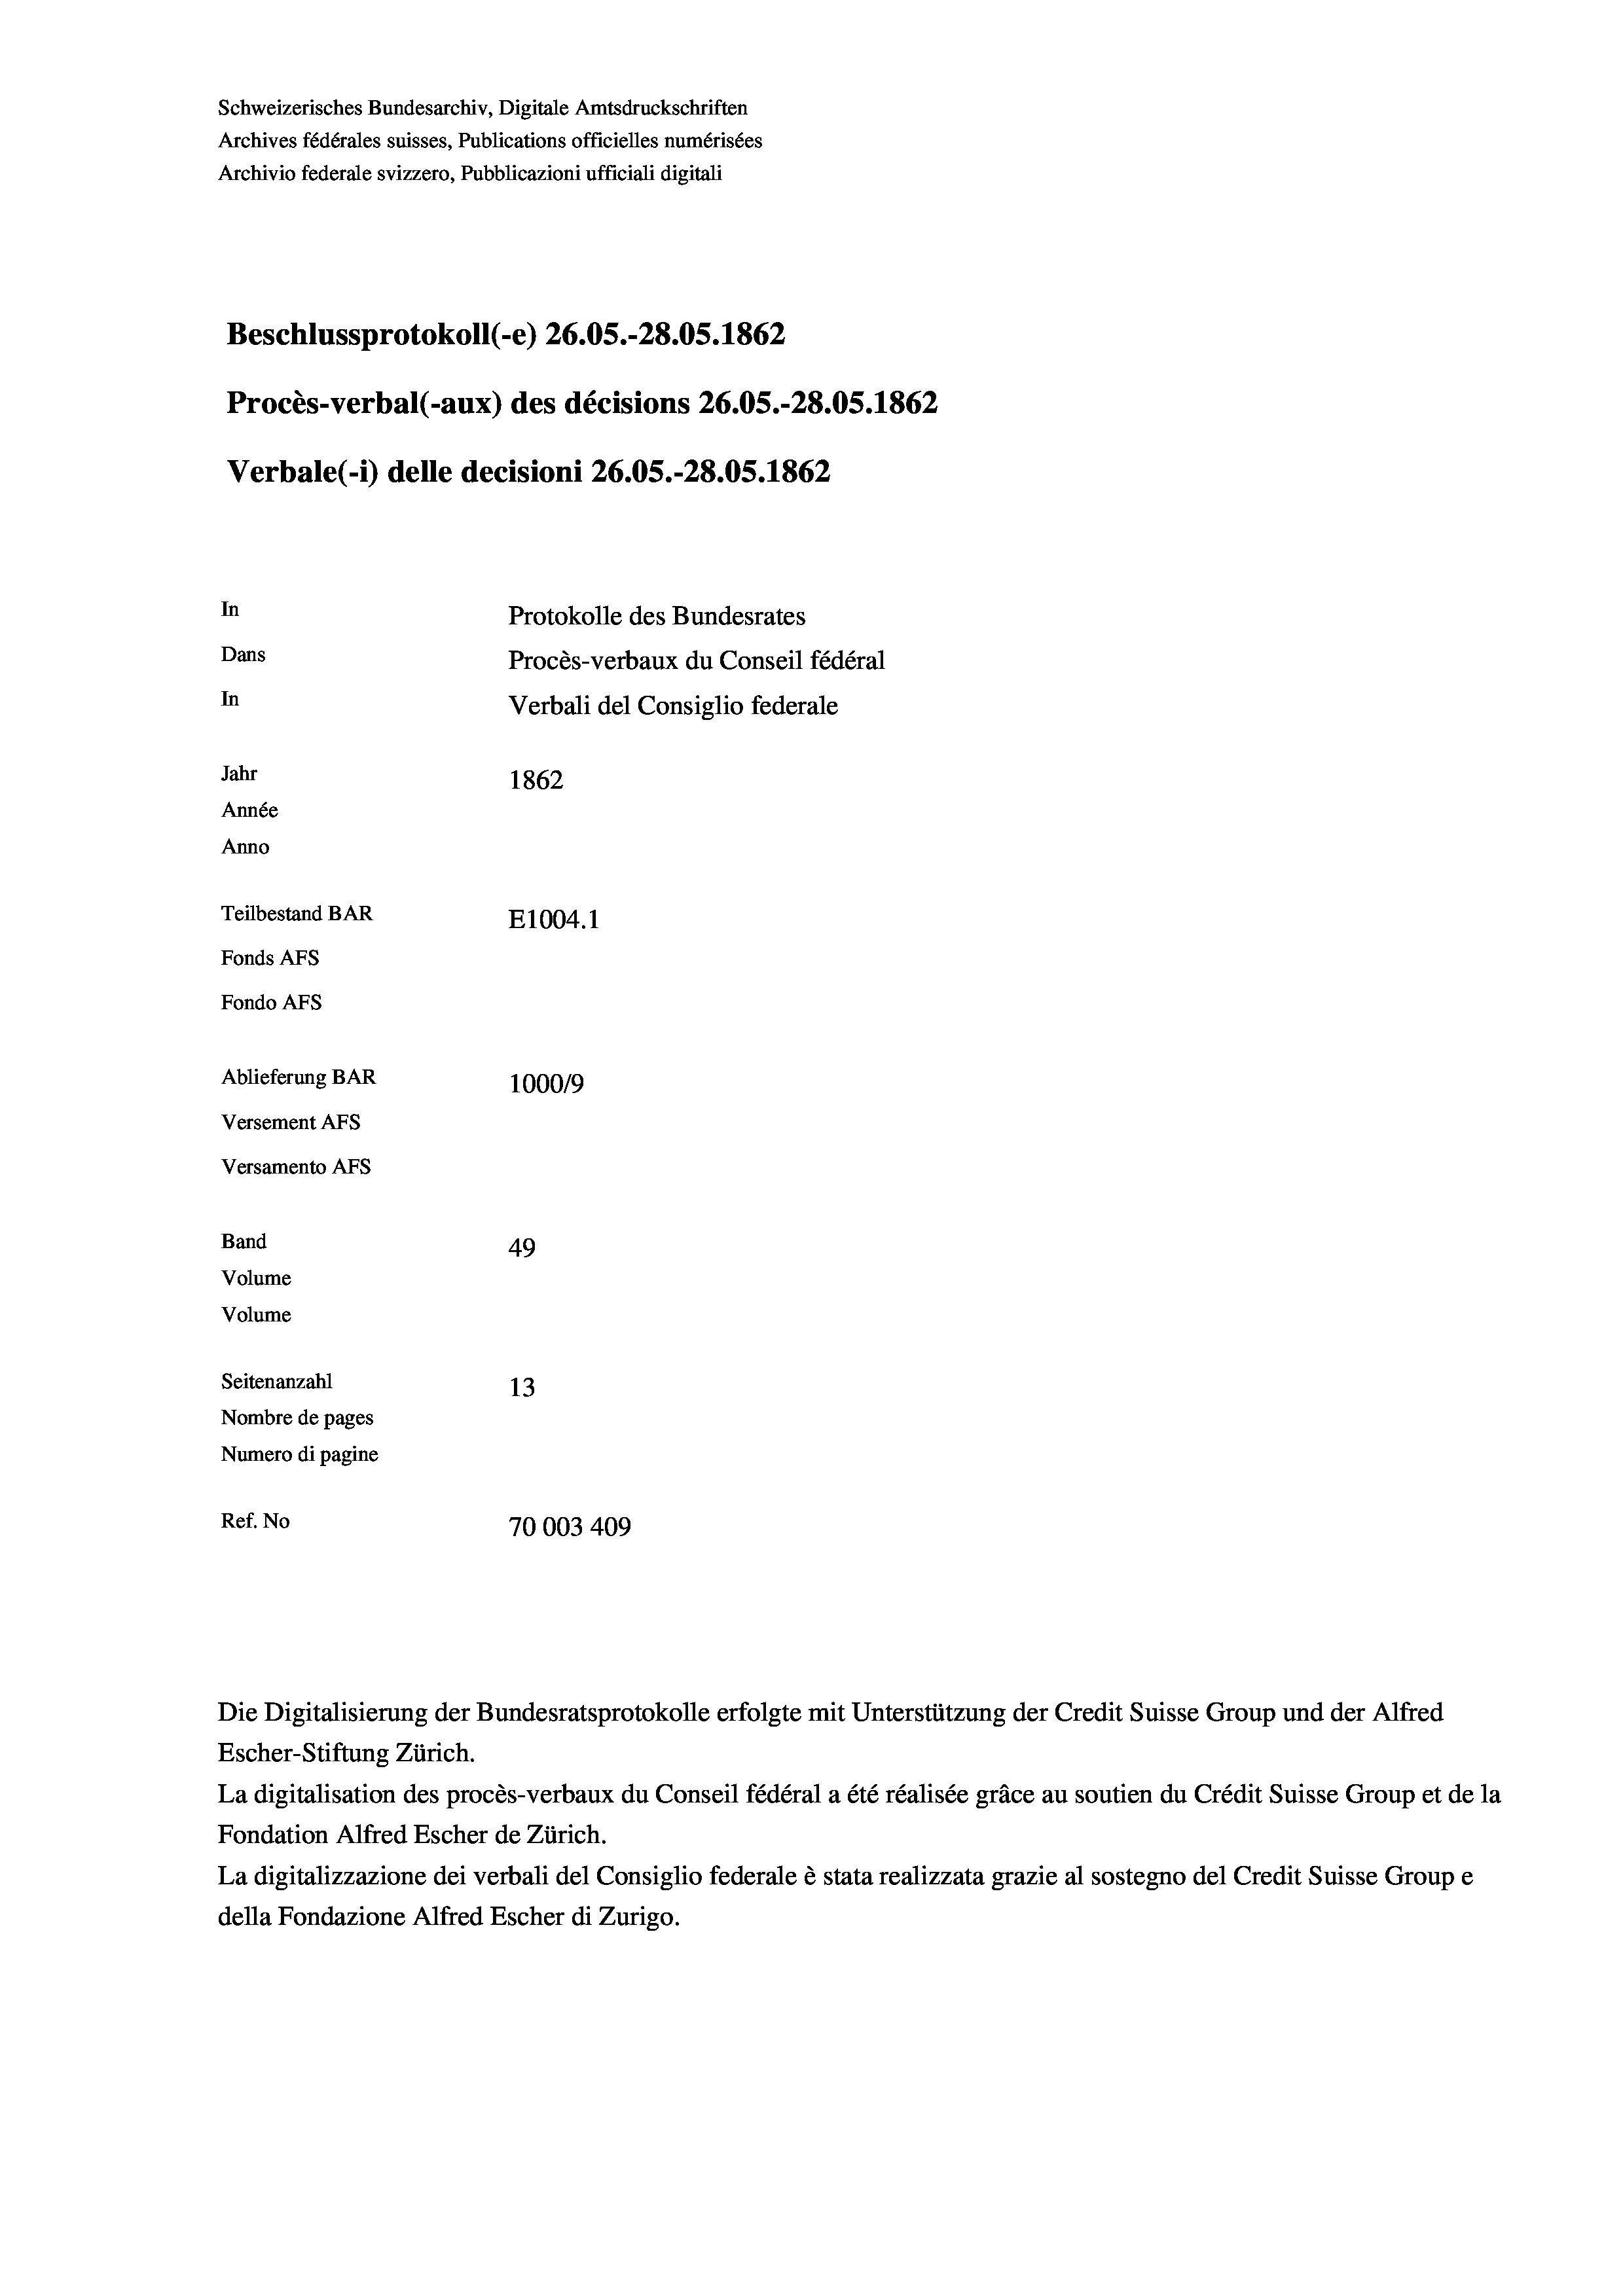
Schweizerisches Bundesarchiv, Digitale Amtsdruckschriften
Archives fédérales suisses, Publications officielles numérisées
Archivio federale svizzero, Pubblicazioni ufficiali digitali
Beschlussprotokoll (-e) 26.05.-28.05. 1862
Procès-verbal (-aux) des décisions 26.05.-28.05. 1862
Verbale(1) delle decisioni 26.05.-28.05. 1862
In
Protokolle des Bundesrates
Dans
Procès-verbaux du Conseil fédéral
In
Verbali del Consiglio federale
Jahr
1862
Année
Anno
Teilbestand BAR
E1004.1
Fonds AFs
Fondo Afs
Ablieferung BAR
100019
Versement Ans
Versamento Afs

Band
Volume
Volume

49
Seitenanzahl
13
Nombre de pages
Numero di pagine
Ref. No
70003 409

Die Digitalisierung der Bundesratsprotokolle erfolgte mit Unterstützung der Credit Suisse Group und der Alfred

Escher-Stiftung Zürich.
La digitalisation des procès-verbaux du Conseil fédéral a été réalisée gräce au soutien du Crédit Suisse Group et de la
Fondation Alfred Escher de Zürich.
La digitalizzazione dei verbali del Consiglio federale è stata realizzata grazie al sostegno del Credit Suisse Groupe
della Fondazione Alfred Escher di Zurigo.